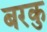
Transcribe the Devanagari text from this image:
बरकु